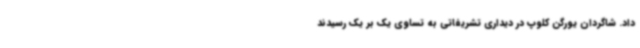
داد. شاگردان یورگن کلوپ در دیداری تشریفاتی به تساوی یک بر یک رسیدند